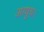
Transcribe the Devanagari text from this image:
आयुध।